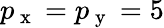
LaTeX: p_{\mathrm{~x~}}=p_{\mathrm{~y~}}=5